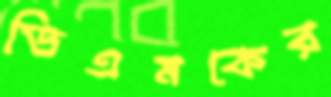
ডিএমকের